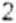
2